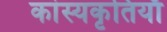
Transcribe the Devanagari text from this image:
कांस्यकृतियाँ